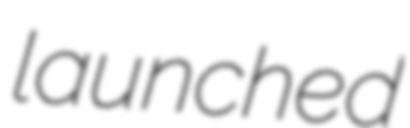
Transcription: launched